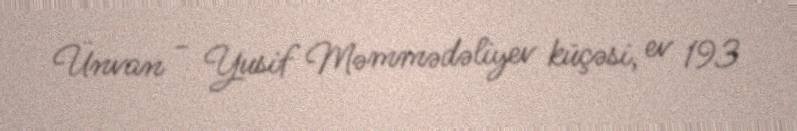
Ünvan - Yusif Məmmədəliyev küçəsi, ev 193